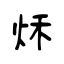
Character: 秌